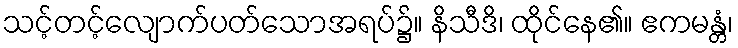
သင့်တင့်လျောက်ပတ်သောအရပ်၌။ နိသီဒိ၊ ထိုင်နေ၏။ ဧကမန္တံ၊